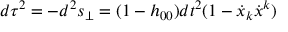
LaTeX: d \tau ^ { 2 } = - d ^ { 2 } s _ { \perp } = ( 1 - h _ { 0 0 } ) d t ^ { 2 } ( 1 - \dot { x } _ { k } \dot { x } ^ { k } )